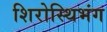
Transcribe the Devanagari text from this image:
शिरोस्थिभंग